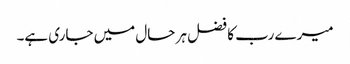
میرے رب کا فضل ہر حال میں جاری ہے۔